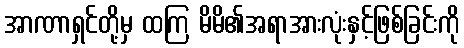
အာဏာရှင်တို့မှ ထကြ မိမိ၏အရာအားလုံးနှင့်ဖြစ်ခြင်းကို